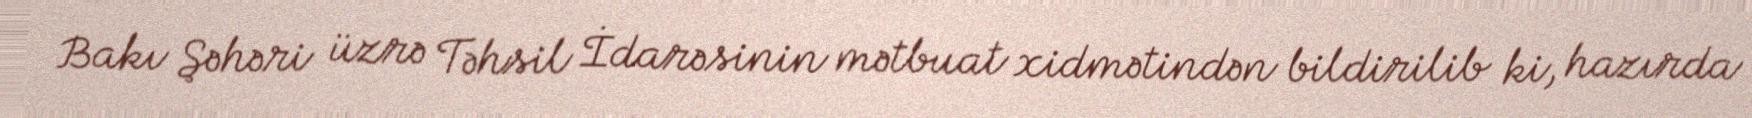
Bakı Şəhəri üzrə Təhsil İdarəsinin mətbuat xidmətindən bildirilib ki, hazırda